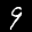
Label: 9